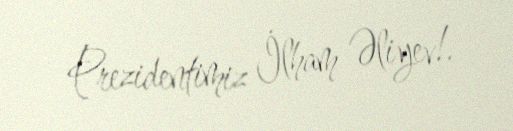
Prezidentimiz İlham Əliyev!.